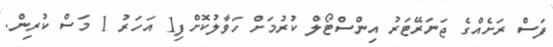
ފަސް ރަށެއްގެ ޖަނަރޭޓަރު އިންްސްޓޯލް ކުރުމަށް ހަވާލުކޮށްފި1 އަހަރު 1 މަސް ކުރިން.